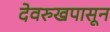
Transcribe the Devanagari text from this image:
देवरुखपासून